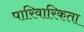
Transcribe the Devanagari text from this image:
पारिवारिकता